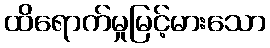
ထိရောက်မှုမြင့်မားသော